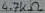
Text: 4.7KΩ